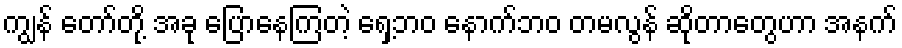
ကျွန် တော်တို့ အခု ပြောနေကြတဲ့ ရှေ့ဘဝ နောက်ဘဝ တမလွန် ဆိုတာတွေဟာ အနက်